Petrogradi_Kontroll-Opteerimise_Komisjon, lk 36
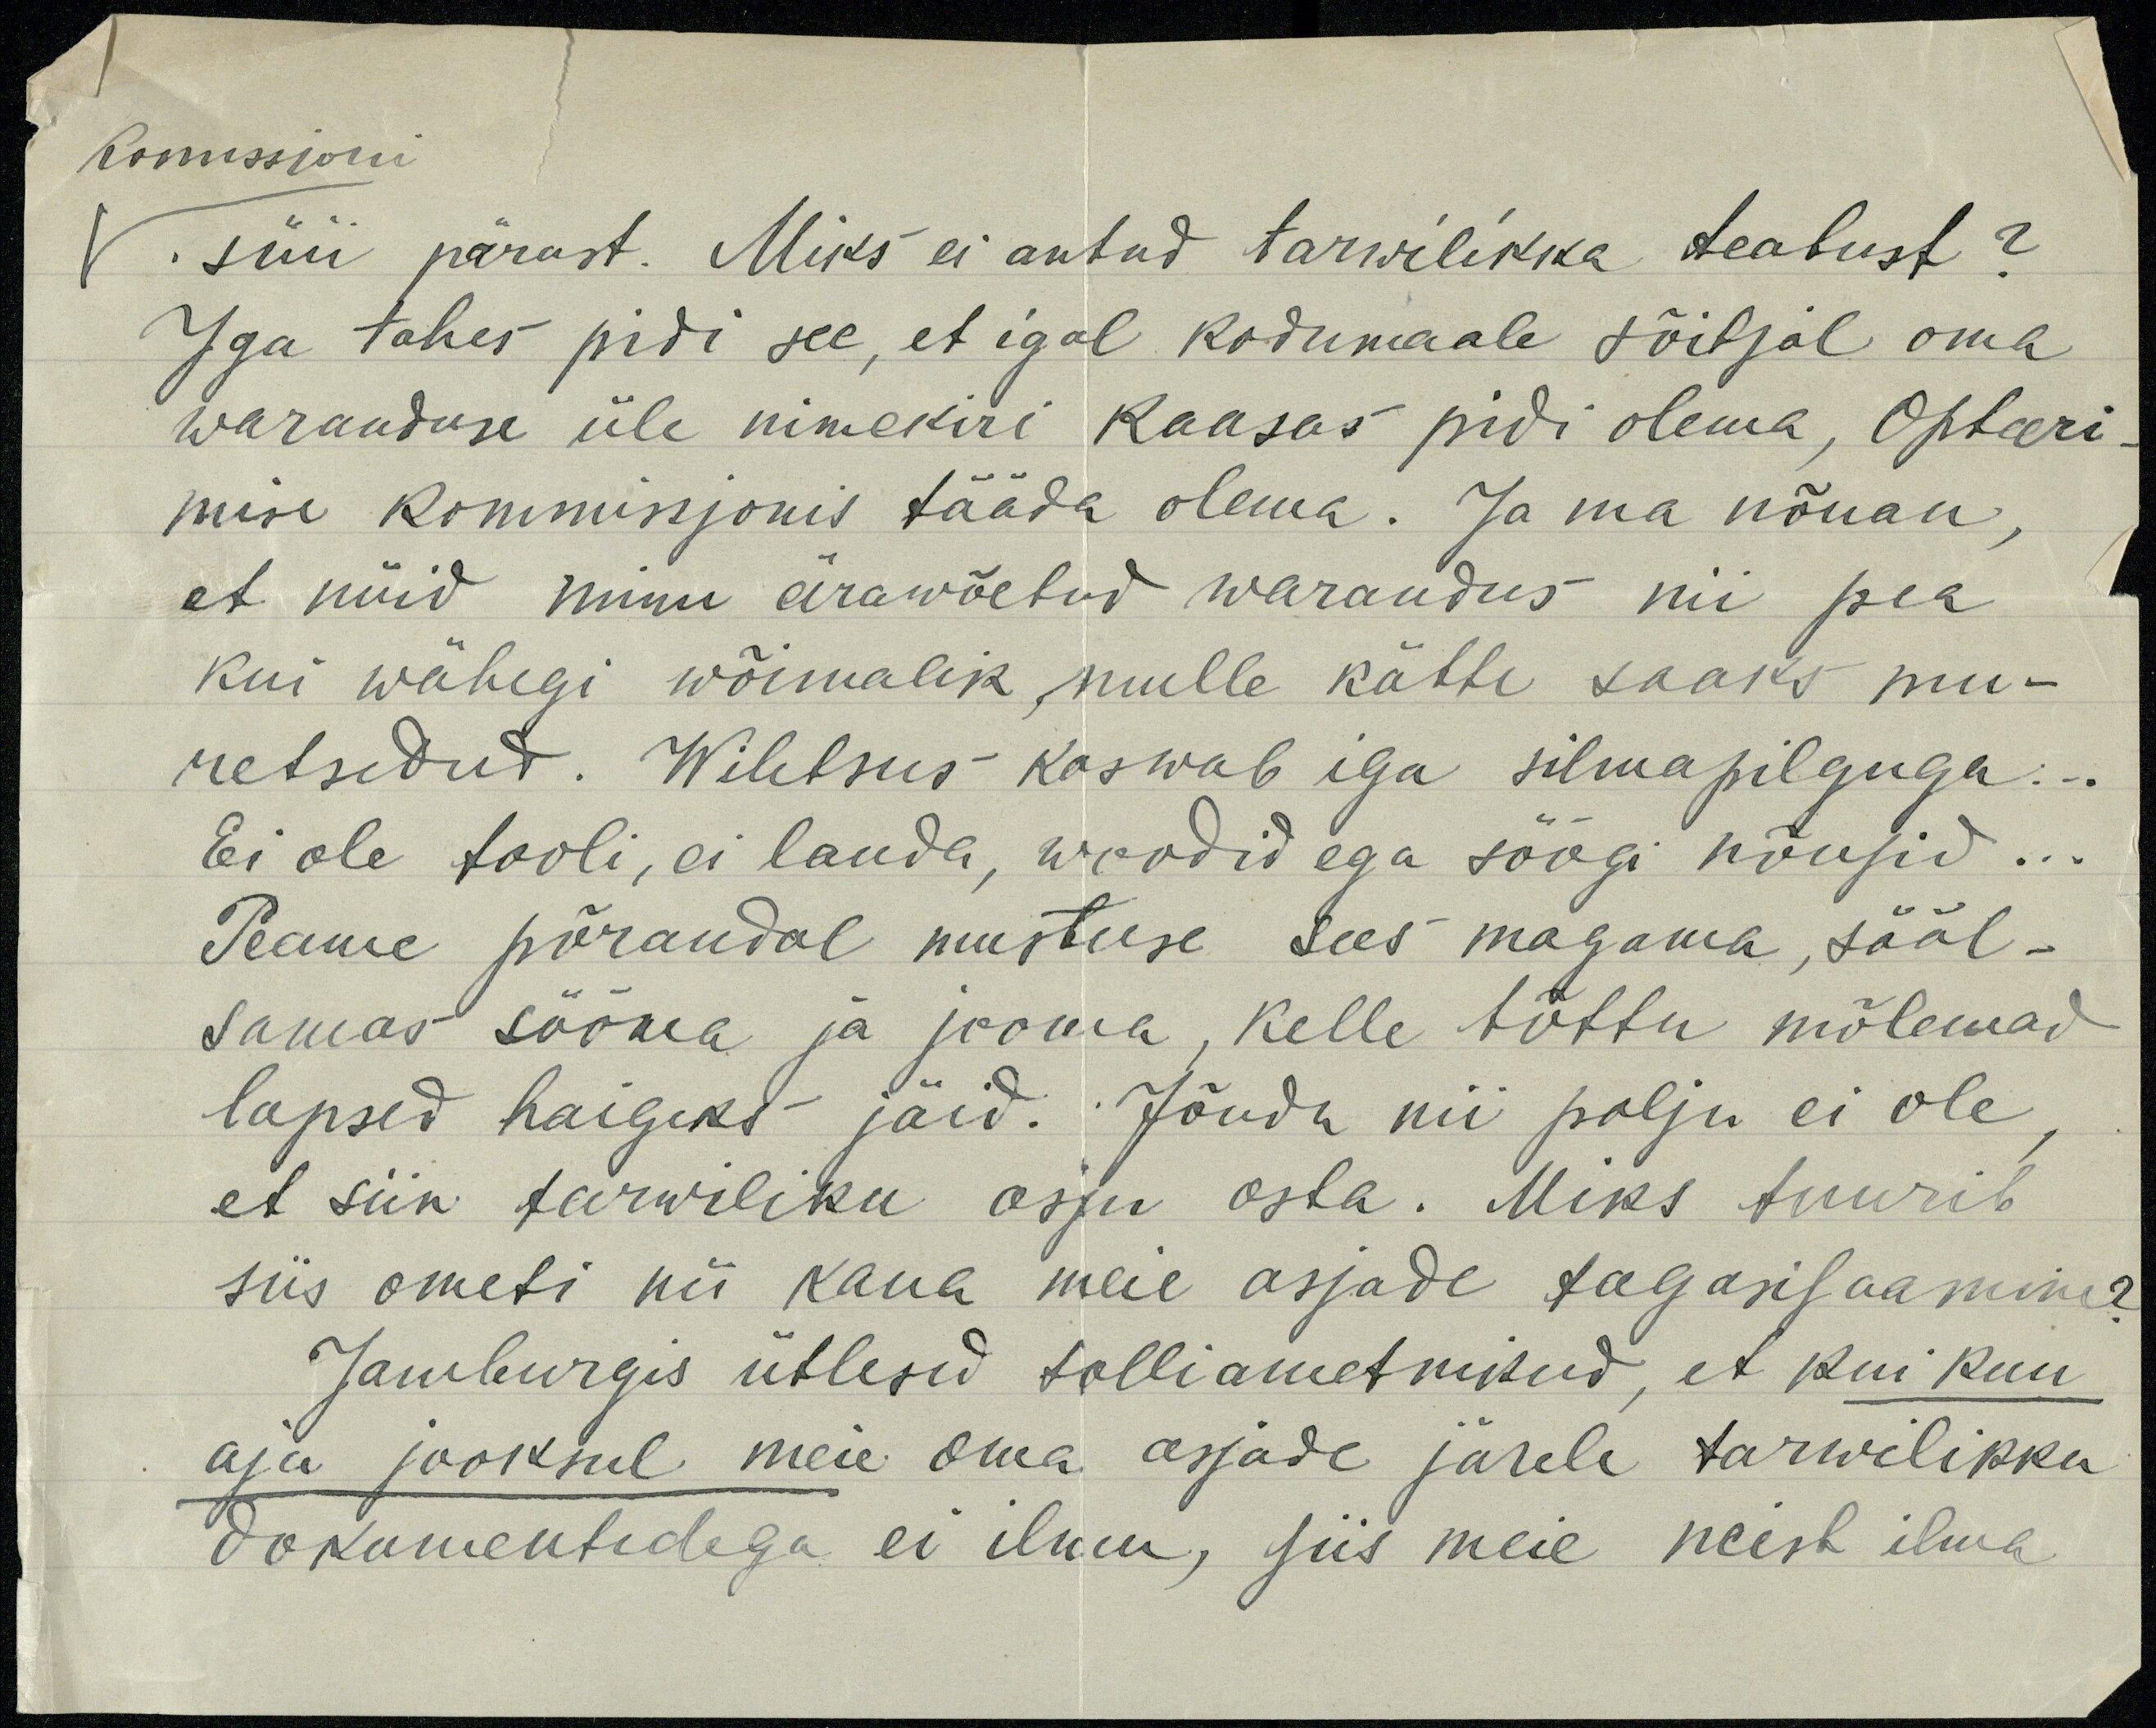
komissioni
. süü pärast. Miks ei antud tarwilikka teatust?
Iga tahes pidi see, et igal kodumaale sõitjal oma
waranduse üle nimekiri kaasas pidi olema, Opteeri-
mise Kommissjonis tääda olema. Ja ma nõuan,
et nüid minu ärawõetud warandus nii pea
kui wähegi wõimalik, mulle kätte saaks mu-
retsedud. Wiletsus kaswab iga silmapilguga ...
Ei ole tooli, ei lauda, woodid ega söögi nõusid ...
Peame põrandal mustuse sees magama, sääl-
samas sööma ja jooma, kelle tõttu mõlemad
lapsed haigeks jäid. Jõudu nii palju ei ole,
et siin tarwiliku asju osta. Miks tuurib
siis ometi nii kaua meie asjade tagasisaamine?
Jamburgis ütlesid tolliametnikud, et kui kuu
aja jooksul meie oma asjade järele tarwilikku
dokumentidega ei ilmu, siis meie neist ilma